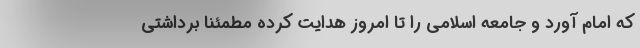
که امام آورد و جامعه اسلامی را تا امروز هدایت کرده مطمئنا برداشتی